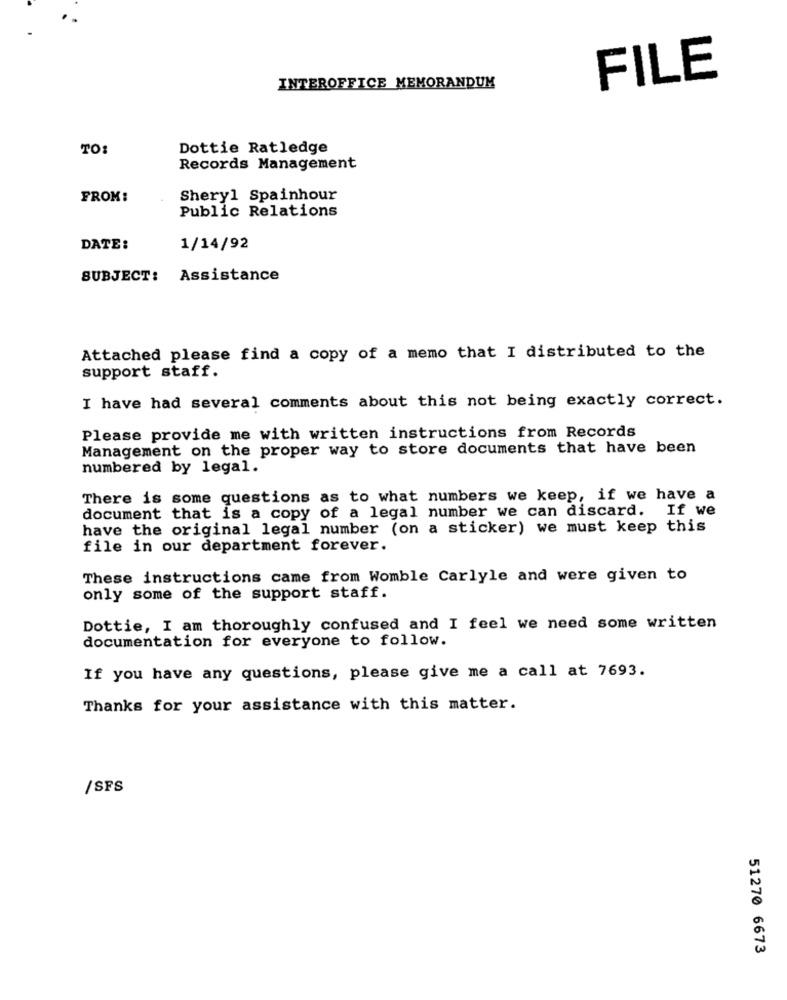
FILE
INTEROFFICE MEMORANDUM
TO:
Dottie Ratledge
Records Management
FROM:
Sheryl Spainhour
Public Relations
DATE:
1/14/92
SUBJECT: Assistance
Attached please find a copy of a memo that I distributed to the
support staff.
I have had several comments about this not being exactly correct.
Please provide me with written instructions from Records
Management on the proper way to store documents that have been
numbered by legal.
There is some questions as to what numbers we keep, if we have a
document that is a copy of a legal number we can discard. If we
have the original legal number (on a sticker) we must keep this
file in our department forever.
These instructions came from Womble Carlyle and were given to
only some of the support staff.
Dottie, I am thoroughly confused and I feel we need some written
documentation for everyone to follow.
If you have any questions, please give me a call at 7693.
Thanks for your assistance with this matter.
/SFS
51270 6673